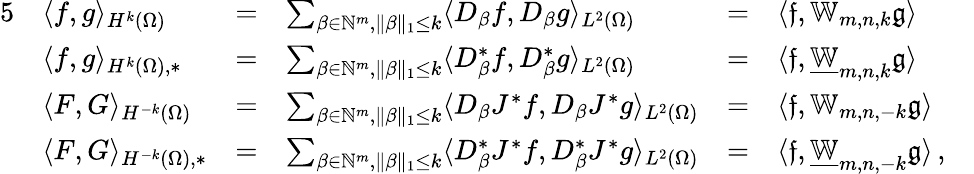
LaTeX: \begin{array}{rlrlrlr}{{5}}&{\langle f,g\rangle_{{H^{k}(\Omega)}}}&{=}&{\sum_{\beta\in\mathbb{N}^{m},\| \beta\| _{1}\leq k}\langle D_{\beta}f,D_{\beta}g\rangle_{L^{2}(\Omega)}}&{=}&{\langle\mathfrak{f},\mathbb{W}_{m,n,k}\mathfrak{g}\rangle}&\\ &{\langle f,g\rangle_{{H^{k}(\Omega)},*}}&{=}&{\sum_{\beta\in\mathbb{N}^{m},\| \beta\| _{1}\leq k}\langle D_{\beta}^{*}f,D_{\beta}^{*}g\rangle_{L^{2}(\Omega)}}&{=}&{\langle\mathfrak{f},\underline{{\mathbb{W}}}_{m,n,k}\mathfrak{g}\rangle}&\\ &{\langle F,G\rangle_{{H^{-k}(\Omega)}}}&{=}&{\sum_{\beta\in\mathbb{N}^{m},\| \beta\| _{1}\leq k}\langle D_{\beta}J^{*}f,D_{\beta}J^{*}g\rangle_{L^{2}(\Omega)}}&{=}&{\langle\mathfrak{f},\mathbb{W}_{m,n,-k}\mathfrak{g}\rangle}&\\ &{\langle F,G\rangle_{{H^{-k}(\Omega)},*}}&{=}&{\sum_{\beta\in\mathbb{N}^{m},\| \beta\| _{1}\leq k}\langle D_{\beta}^{*}J^{*}f,D_{\beta}^{*}J^{*}g\rangle_{L^{2}(\Omega)}}&{=}&{\langle\mathfrak{f},\underline{{\mathbb{W}}}_{m,n,-k}\mathfrak{g}\rangle\, ,}&\end{array}